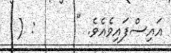
އައިސްފައިވެއެވެ. "      : (